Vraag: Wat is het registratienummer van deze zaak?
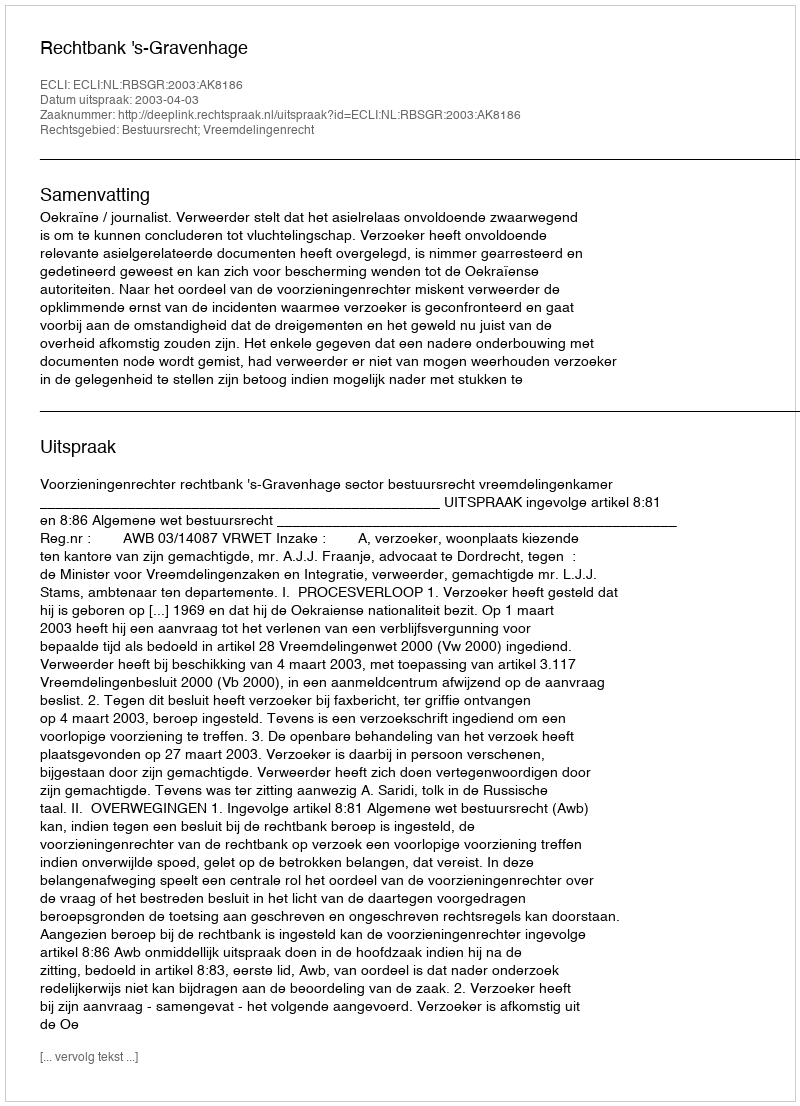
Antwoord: http://deeplink.rechtspraak.nl/uitspraak?id=ECLI:NL:RBSGR:2003:AK8186